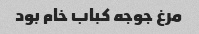
مرغ جوجه کباب خام بود